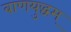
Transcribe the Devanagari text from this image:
बाणयुद्धम्